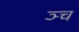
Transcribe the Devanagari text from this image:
ञ्च